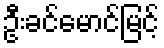
ဦးခင်မောင်မြင့်